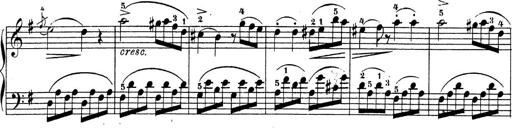
Title: 4 Sonatinas
Composer: Jacob Schmitt